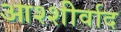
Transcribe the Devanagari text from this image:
आश्शीर्वाद